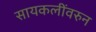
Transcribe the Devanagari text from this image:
सायकलींवरुन